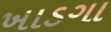
ખાડગા